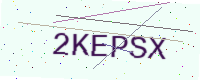
Text: 2KEPSX